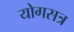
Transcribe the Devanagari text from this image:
योगसत्र